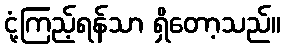
ငုံ့ကြည့်ရန်သာ ရှိတော့သည်။